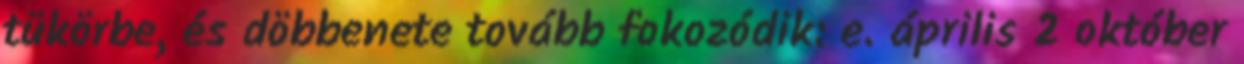
tükörbe, és döbbenete tovább fokozódik: e. április 2 október